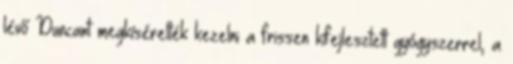
lévő Duncant megkísérelték kezelni a frissen kifejlesztett gyógyszerrel, a